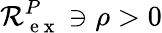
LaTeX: \mathcal R_{\mathrm{~e~x~}}^{P}\ni\rho>0